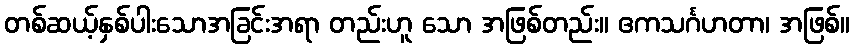
တစ်ဆယ့်နှစ်ပါးသောအခြင်းအရာ တည်းဟူ သော အဖြစ်တည်း။ ဧကသင်္ဂဟတာ၊ အဖြစ်။